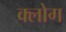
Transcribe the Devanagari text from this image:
क्लोग